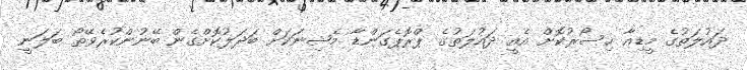
ދައުލަތުގެ މީޑިއާ ހިސޯރުކޮށް އެއީ ދައުލަތުގެ ޕްރޮޕެގަންޑާ މެޝިނަކަށް ބަދަލުކޮށްގެން ބޭނުންކުރެވޭތޯ ބަލަނީ